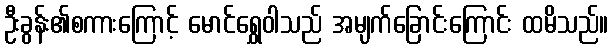
ဦးခွန်း၏စကားကြောင့် မောင်ရွှေဝါသည် အမျက်ခြောင်းကြောင်း ထမိသည်။